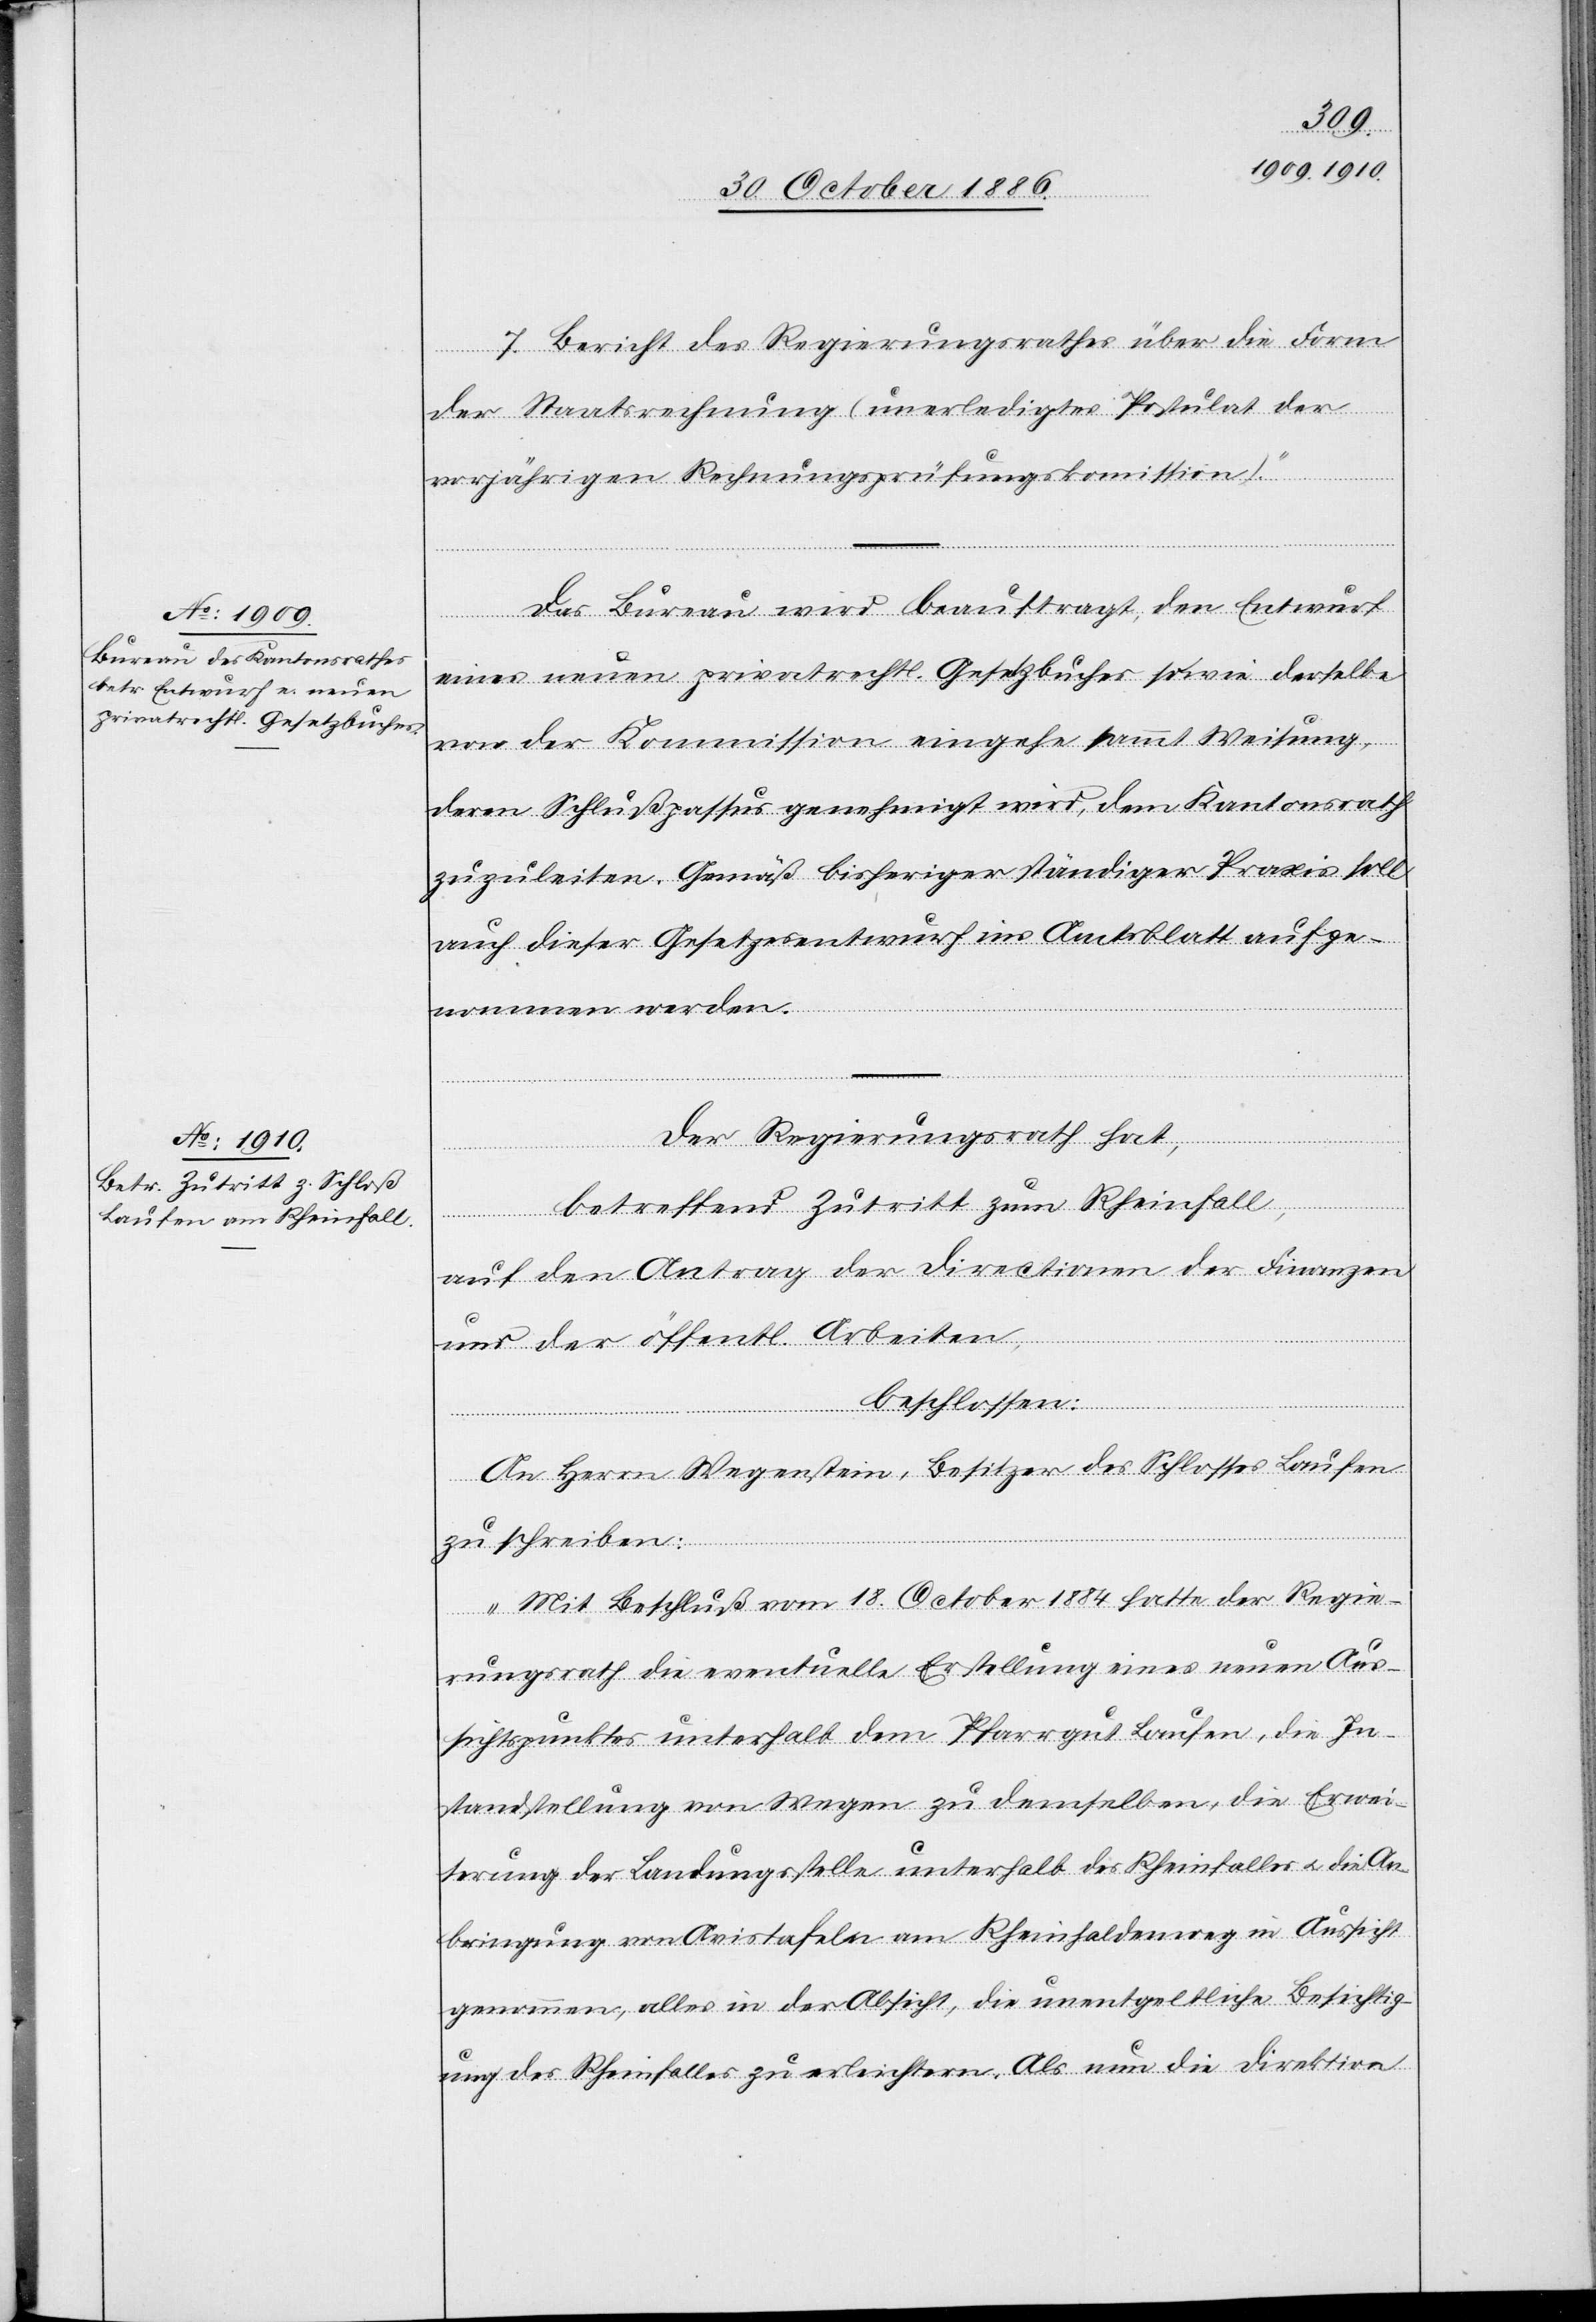
7. Bericht des Regierungsrathes über die Form
der Staatsrechnung (unerledigtes Postulat der
vorjährigen Rechnungsprüfungskom[m]ission).“
Das Bureau wird beauftragt, den Entwurf
eines neuen privatrechtl. Gesetzbuches sowie derselbe
von der Kommission eingehe sammt Weisung,
deren Schlußpassus genehmigt wird, dem Kantonsrath
zuzuleiten. Gemäß bisheriger ständiger Praxis soll
auch dieser Gesetzesentwurf im Amtsblatt aufge¬
nommen werden.
Der Regierungsrath hat,
betreffend Zutritt zum Rheinfall,
auf den Antrag der Directionen der Finanzen
und der öffentl. Arbeiten,
beschlossen:
An Herrn Wegenstein, Besitzer des Schlosses Laufen
zu schreiben:
„Mit Beschluß vom 18. October 1884 hatte der Regie¬
rungsrath die eventuelle Erstellung eines neuen Aus¬
sichtspunktes unterhalb dem Pfarrgut Laufen, die In¬
standstellung von Wegen zu demselben, die Erwei¬
terung der Landungsstelle unterhalb des Rheinfalles & die An¬
bringung von Avistafeln am Rheinhaldenweg in Aussicht
genommen, alles in der Absicht, die unentgeltliche Besichtig¬
ung des Rheinfalles zu erleichtern. Als nun die Direktion